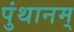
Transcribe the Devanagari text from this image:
पुंथानम्